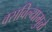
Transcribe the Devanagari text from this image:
वसविल्यामुळे